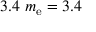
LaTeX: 3 . 4 ~ m _ { \mathrm { e } } = 3 . 4